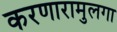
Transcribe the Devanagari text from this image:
करणारामुलगा